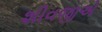
શીવજીએ